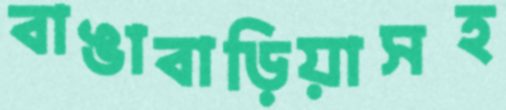
বাঙাবাড়িয়াসহ